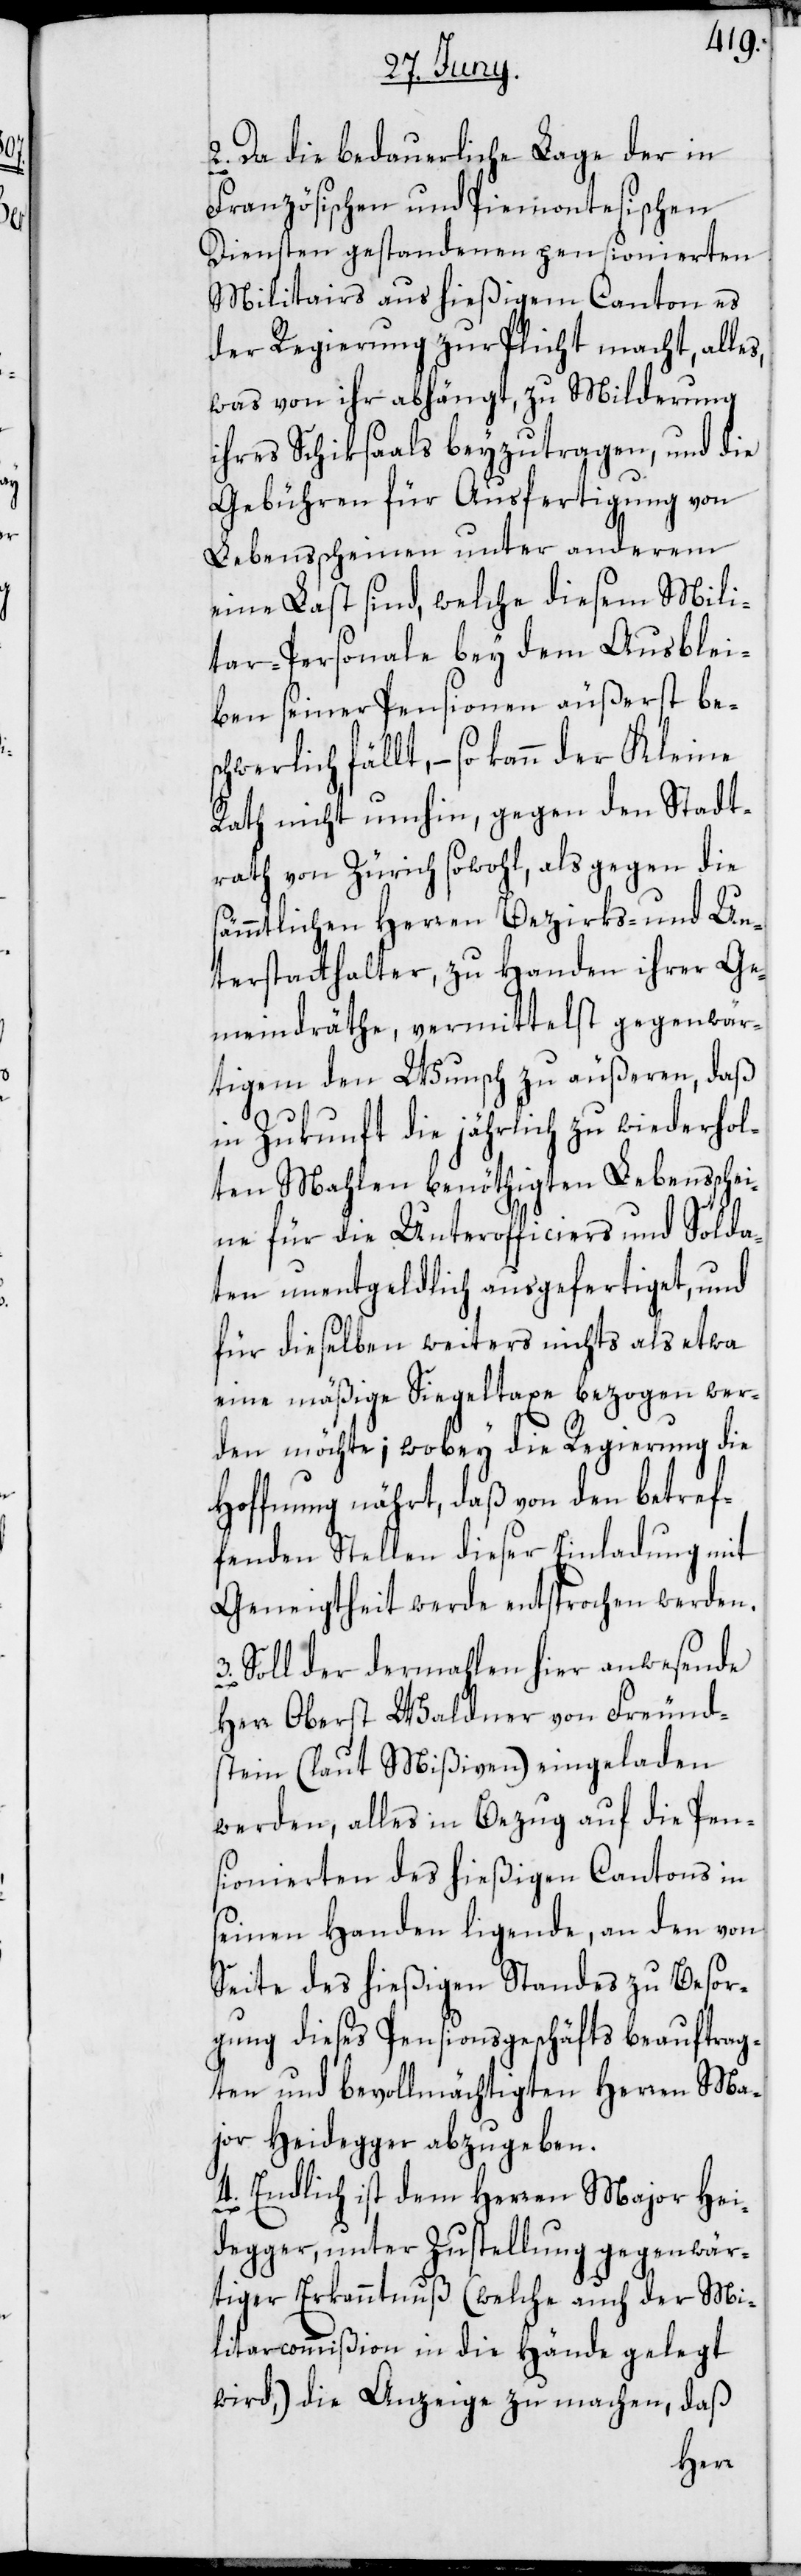
2. Da die bedauerliche Lage der in
Französischen und Piemontesischen
Diensten gestandenen pensionierten
Militairs aus hießigem Canton es
der Regierung zur Pflicht macht, alles,
was von ihr abhängt, zu Milderung
ihres Schiksaals beyzutragen, und die
Gebühren für Ausfertigung von
Lebensscheinen unter anderem
eine Last sind, welche diesem Mili¬
tar-Personale bey dem Ausblei¬
ben seiner Pensionen äußerst bes¬
chwerlich fällt, – so kann der Kleine
Rath nicht umhin, gegen den Stadt¬
rath von Zürich sowohl, als gegen die
sämmtlichen Herren Bezirks- und Un¬
terstatthalter, zu Handen ihrer Ge¬
meindräthe, vermittelst gegenwär¬
tigem den Wunsch zu äußeren, daß
in Zukunft die jährlich zu wiederhol¬
ten Mahlen benöthigten Lebensschei¬
ne für die Unterofficiers und Solda¬
ten unentgeldlich ausgefertiget, und
für dieselben weiters nichts als etwa
eine mäßige Siegeltaxe bezogen wer¬
den möchte; wobey die Regierung die
Hoffnung nährt, daß von den betref¬
fenden Stellen dieser Einladung mit
Geneigtheit werde entsprochen werden.
3. Soll der dermahlen hier anwesende
Herr Oberst Waldner von Freund¬
stein (laut Mißiven) eingeladen
werden, alles in Bezug auf die Pen¬
sionierten des hießigen Cantons in
seinen Handen ligende, an den von
Seite des hießigen Standes zu Besor¬
gung dieses Pensionsgeschäfts beauftrag¬
ten und bevollmächtigten Herren Ma¬
jor Heidegger abzugeben.
4. Endlich ist dem Herren Major Hei¬
degger, unter Zustellung gegenwär¬
tiger Erkanntnuß (welche auch der Mi¬
litaircommißion in die Hände gelegt
wird,) die Anzeige zu machen, daß